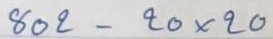
802 - 20 x 20